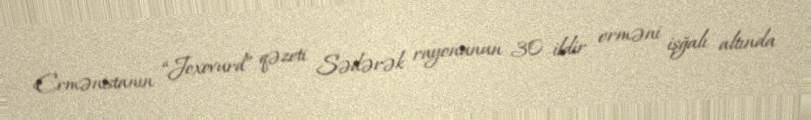
Ermənistanın “Joxovurd” qəzeti Sədərək rayonunun 30 ildir erməni işğalı altında